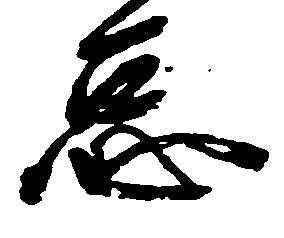
怠